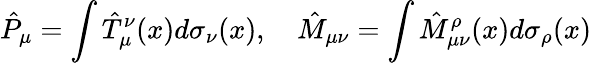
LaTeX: {\hat{P}}_{\mu}=\int{\hat{T}}_{\mu}^{\nu}(x)d\sigma_{\nu}(x),\quad{\hat{M}}_{\mu\nu}=\int{\hat{M}}_{\mu\nu}^{\rho}(x)d\sigma_{\rho}(x)